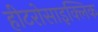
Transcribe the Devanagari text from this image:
हीटरोसाइक्लिक